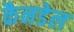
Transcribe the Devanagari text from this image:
कैनडेल